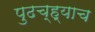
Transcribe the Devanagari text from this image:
पुढच्ह्याच